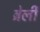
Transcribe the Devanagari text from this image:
ब्रेर्ली